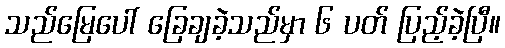
သည်မြေပေါ် ခြေချခဲ့သည်မှာ ၆ ပတ် ပြည့်ခဲ့ပြီ။